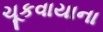
ચૂકવાયાના